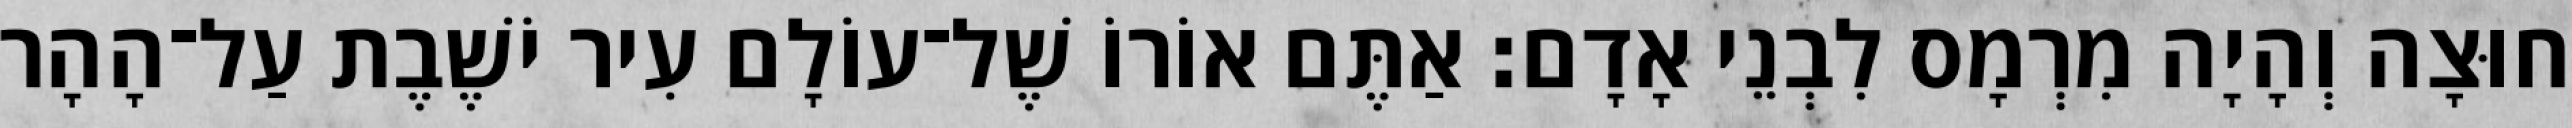
חוּצָה וְהָיָה מִרְמָס לִבְנֵי אָדָם׃ אַתֶּם אוֹרוֹ שֶׁל־עוֹלָם עִיר יֹשֶׁבֶת עַל־הָהָר